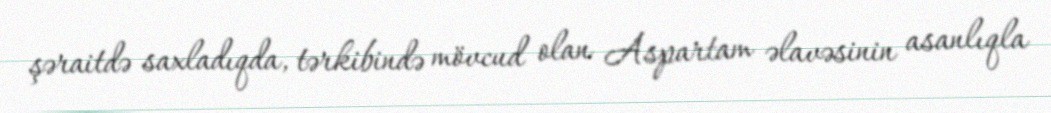
şəraitdə saxladıqda, tərkibində mövcud olan Aspartam əlavəsinin asanlıqla